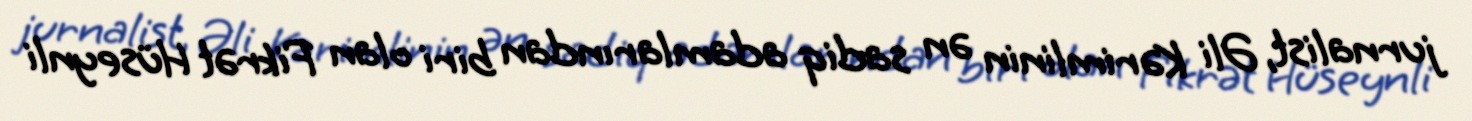
jurnalist, Əli Kərimlinin ən sadiq adamlarından biri olan Fikrət Hüseynli